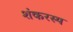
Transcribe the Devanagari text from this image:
शंकरस्य